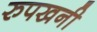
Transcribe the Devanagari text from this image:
रुपखनी